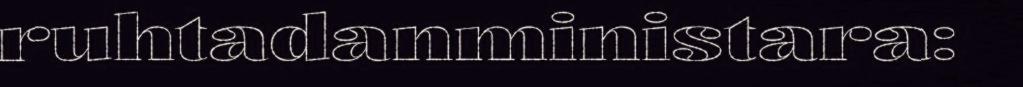
ruhtadanministara: